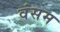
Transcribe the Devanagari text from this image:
वंसम